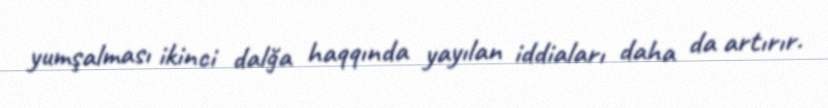
yumşalması ikinci dalğa haqqında yayılan iddiaları daha da artırır.